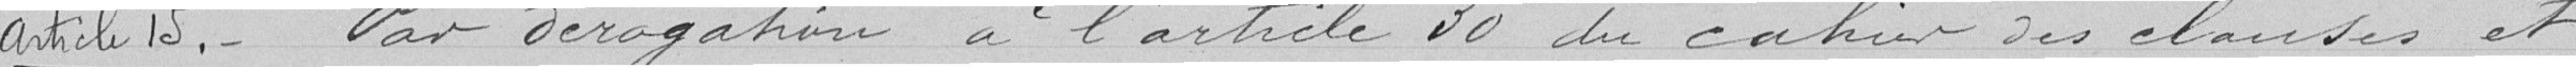
Article 15 : Par dérogation à l'article 30 du cahier des clauses et